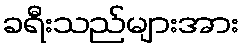
ခရီးသည်များအား